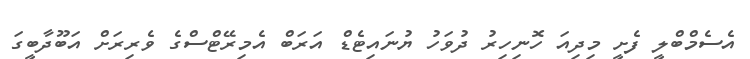
އެސެމްބްލީ ފެށީ މިދިއަ ހޮނިހިރު ދުވަހު ޔުނައިޓެޑް އަރަބް އެމިރޭޓްސްގެ ވެރިރަށް އަބޫދާބީގަ